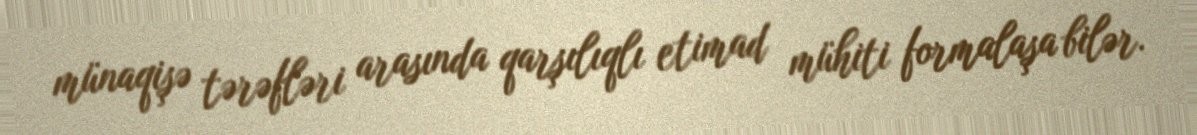
münaqişə tərəfləri arasında qarşılıqlı etimad mühiti formalaşa bilər.